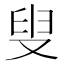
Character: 叟